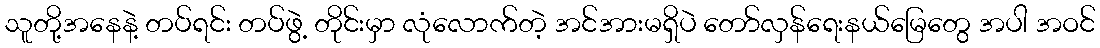
သူတို့အနေနဲ့ တပ်ရင်း တပ်ဖွဲ့ တိုင်းမှာ လုံလောက်တဲ့ အင်အားမရှိပဲ တော်လှန်ရေးနယ်မြေတွေ အပါ အဝင်